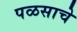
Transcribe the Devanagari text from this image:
पळसाचे